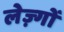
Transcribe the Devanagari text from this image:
लेज़्गों